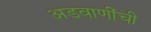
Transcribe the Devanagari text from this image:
अडवाणींची